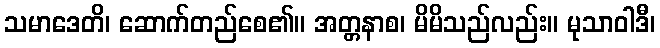
သမာဒေတိ၊ ဆောက်တည်စေ၏။ အတ္တနာစ၊ မိမိသည်လည်း။ မုသာဝါဒီ၊